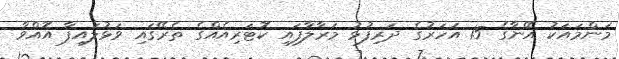
މަންމައަކު އޭނާގެ 15 އަހަރުގެ ދަރިފުޅު މަރާލާފައި ކޮޓަރިއެއްގެ ތެރޭގައި ވަޅުލައިފާ އޮއްވާ